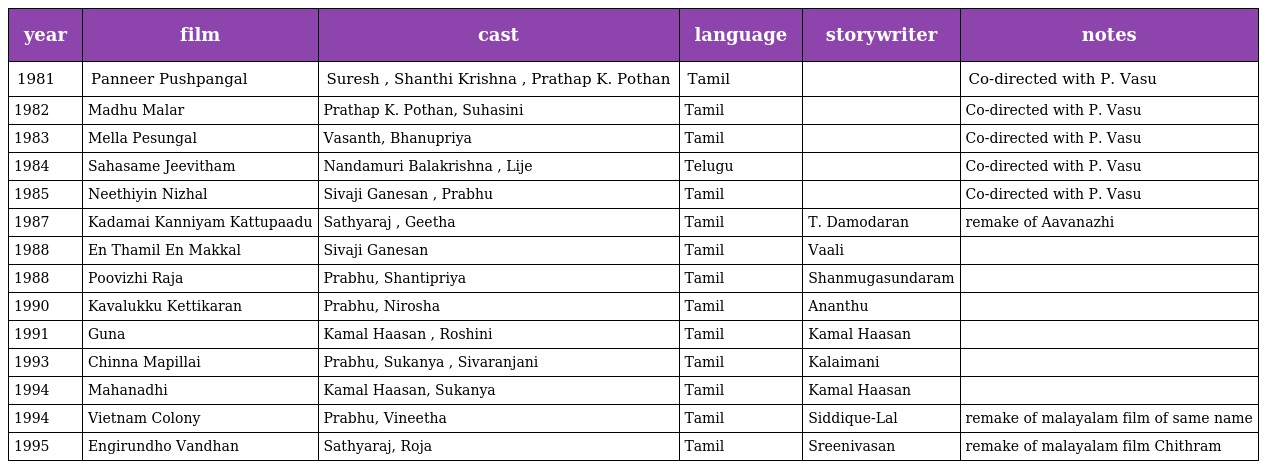
| year | film | cast | language | storywriter | notes |
 | --- | --- | --- | --- | --- | --- |
 | 1981 | Panneer Pushpangal | Suresh , Shanthi Krishna , Prathap K. Pothan | Tamil |  | Co-directed with P. Vasu |
 | 1982 | Madhu Malar | Prathap K. Pothan, Suhasini | Tamil |  | Co-directed with P. Vasu |
 | 1983 | Mella Pesungal | Vasanth, Bhanupriya | Tamil |  | Co-directed with P. Vasu |
 | 1984 | Sahasame Jeevitham | Nandamuri Balakrishna , Lije | Telugu |  | Co-directed with P. Vasu |
 | 1985 | Neethiyin Nizhal | Sivaji Ganesan , Prabhu | Tamil |  | Co-directed with P. Vasu |
 | 1987 | Kadamai Kanniyam Kattupaadu | Sathyaraj , Geetha | Tamil | T. Damodaran | remake of Aavanazhi |
 | 1988 | En Thamil En Makkal | Sivaji Ganesan | Tamil | Vaali |  |
 | 1988 | Poovizhi Raja | Prabhu, Shantipriya | Tamil | Shanmugasundaram |  |
 | 1990 | Kavalukku Kettikaran | Prabhu, Nirosha | Tamil | Ananthu |  |
 | 1991 | Guna | Kamal Haasan , Roshini | Tamil | Kamal Haasan |  |
 | 1993 | Chinna Mapillai | Prabhu, Sukanya , Sivaranjani | Tamil | Kalaimani |  |
 | 1994 | Mahanadhi | Kamal Haasan, Sukanya | Tamil | Kamal Haasan |  |
 | 1994 | Vietnam Colony | Prabhu, Vineetha | Tamil | Siddique-Lal | remake of malayalam film of same name |
 | 1995 | Engirundho Vandhan | Sathyaraj, Roja | Tamil | Sreenivasan | remake of malayalam film Chithram |